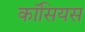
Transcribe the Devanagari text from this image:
कॉसियस